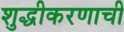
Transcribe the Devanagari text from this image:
शुद्धीकरणाची